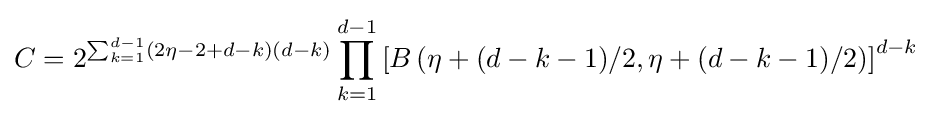
C=2^{\sum _{k=1}^{d-1}(2\eta -2+d-k)(d-k)}\prod _{k=1}^{d-1}\left[B\left(\eta +(d-k-1)/2,\eta +(d-k-1)/2\right)\right]^{d-k}